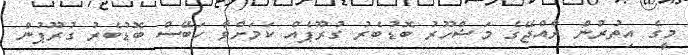
މީގެ އިތުރުން ރާއްޖޭގެ މަޝްހޫރު ބޮޑުބެރު ގުރޫޕެއް ކަމަށްވާ ހަބޭސް ބޮޑުބެރު ގުރޫޕުން